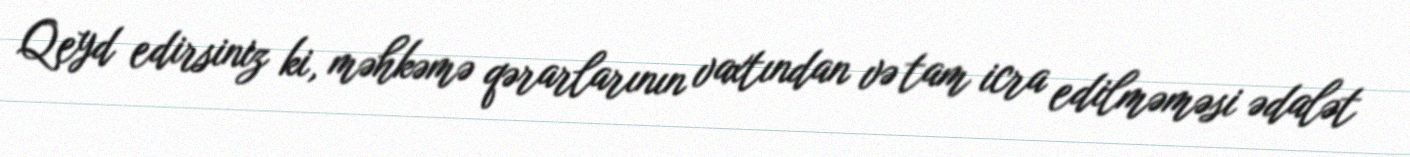
Qeyd edirsiniz ki, məhkəmə qərarlarının vaxtından və tam icra edilməməsi ədalət